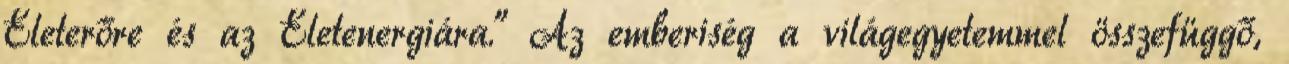
Életerőre és az Életenergiára." Az emberiség a világegyetemmel összefüggő,